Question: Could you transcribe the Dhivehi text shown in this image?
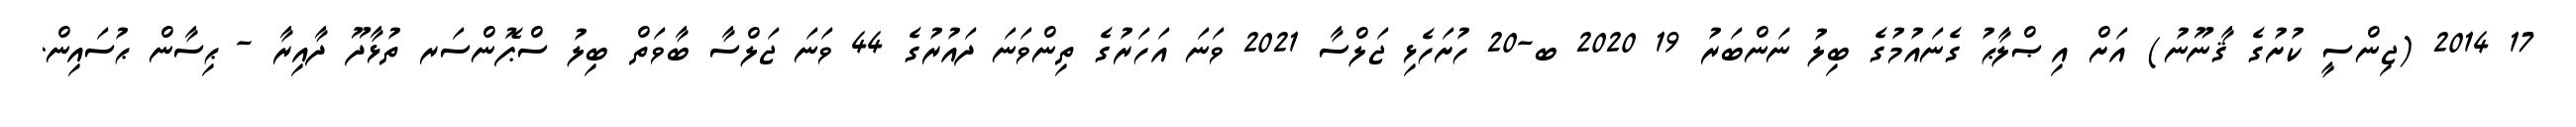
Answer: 17 2014 (ޖިންސީ ކުށުގެ ޤާނޫނު) އަށް އިޞްލާޙު ގެނައުމުގެ ބިލު ނަންބަރު 19 2020 ބ-20 ހުށަހެޅި ޖަލްސާ 2021 ވަނަ އަހަރުގެ ތިންވަނަ ދައުރުގެ 44 ވަނަ ޖަލްސާ ބާވަތް ބިލު ސްޕޮންސަރ ތުޅާދޫ ދާއިރާ - ޙިސާން ޙުސައިން.